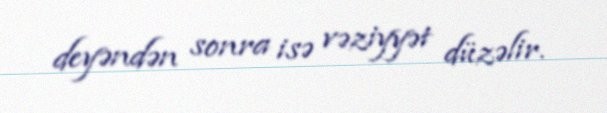
deyəndən sonra isə vəziyyət düzəlir.